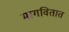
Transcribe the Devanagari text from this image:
मागवितात